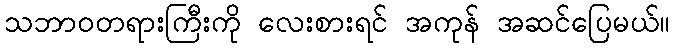
သဘာဝတရားကြီးကို လေးစားရင် အကုန် အဆင်ပြေမယ်။